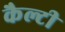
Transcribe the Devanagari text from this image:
कैल्टी